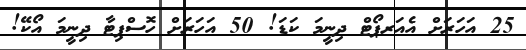
25 އަހަރަށް އެއަރޕޯޓް ދިނީމަ ކަޑަ! 50 އަހަރަށް ހޮސްޕިޓާ ދިނީމަ އޯކޭ!